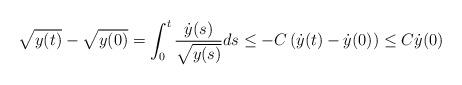
LaTeX: \begin{align*}\sqrt{y(t)}- \sqrt{y(0)} = \int_0^t \frac{\dot{y}(s)}{\sqrt{y(s)}} ds \le -C \left( \dot{y}(t) - \dot{y}(0) \right) \le C \dot{y}(0)\end{align*}